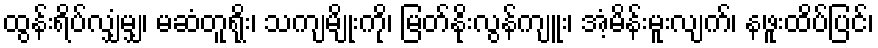
ထွန်းရိပ်လျှံမျှ၊ မဆံတူရိုး၊ သကျမျိုးကို၊ မြတ်နိုးလွန်ကျူး၊ အံ့မိန်းမူးလျက်၊ နဖူးထိပ်ပြင်၊